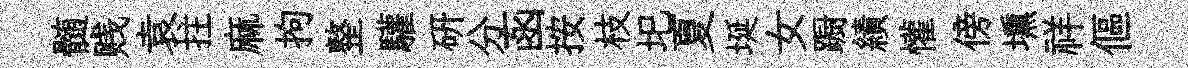
髄贱袁拄麻拘整驩研分函按枝圯夏埏女蹰績懽傍壎祥傴